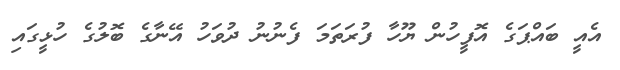
އެއީ ބައްޕަގެ އޮފީހުން ޔޫހާ ފުރަތަމަ ފެނުނު ދުވަހު އޭނާގެ ބޮލުގެ ހުޅީގައި